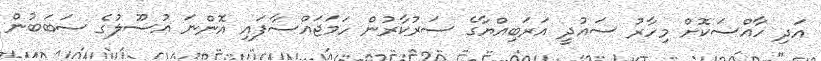
އަދި ހާއްސަކޮށް މިހާރު ސައުދީ އަރަބިއްޔާގެ ސަރުކާރުން ހަމަޖައްސާފައި އޮންނަ އުސޫލުގެ ސަބަބުން